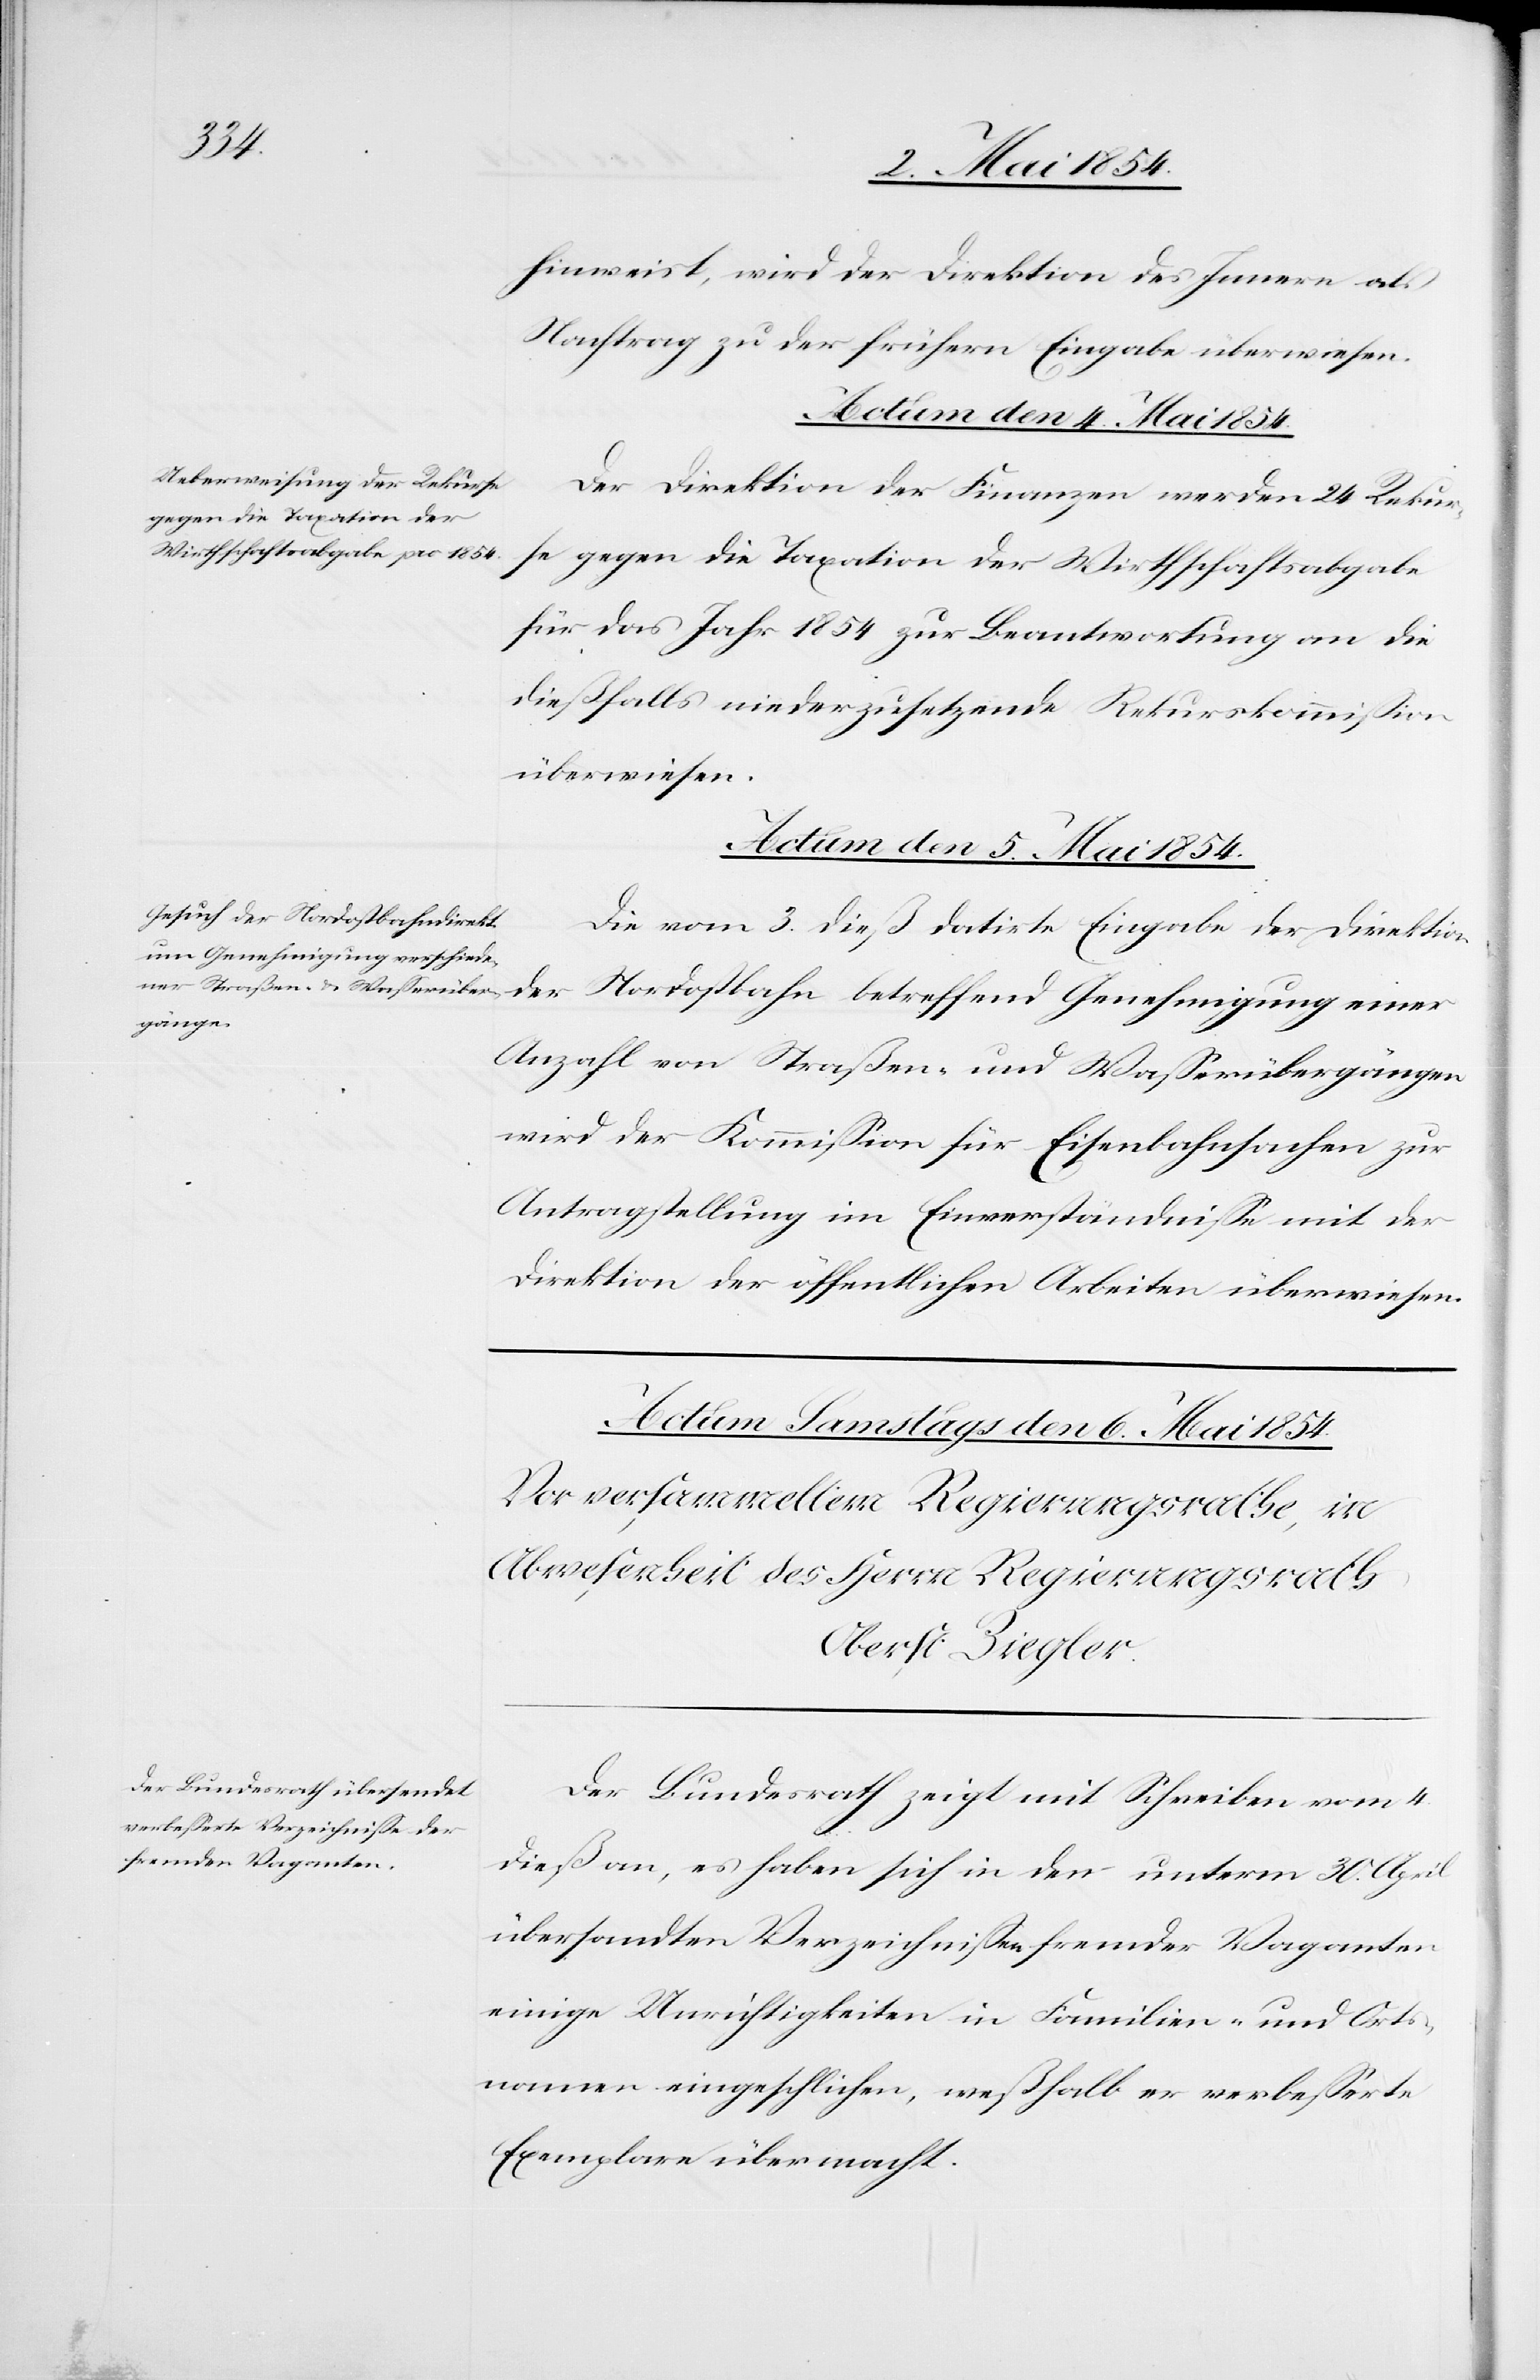
hinweist, wird der Direktion des Innern als
Nachtrag zu der frühern Eingabe überwiesen.
Actum den 4. Mai 1854.
Der Direktion der Finanzen werden 24. Rekur¬
se gegen die Taxation der Wirthschaftsabgabe
für das Jahr 1854 zur Beantwortung an die
dießfalls niederzusetzende Rekurskommißion
überwiesen.
Actum den 5. Mai 1854.
Die vom 3. dieß datirte Eingabe der Direktion
der
Nordostbahn betreffend Genehmigung einer
Anzahl von Straßen und Waßerübergängen
wird der Kommißion für Eisenbahnsachen zur
Antragstellung im Einverständniße mit der
Direktion der öffentlichen Arbeiten überwiesen.
Der Bundesrath zeigt mit Schreiben vom 4.
dieß an, es haben sich in den unterm 30. April
übersandten Verzeichnißen fremder Vaganten
einige Unrichtigkeiten in Familien- und Orts¬
namen eingeschlichen, weßhalb er verbeßerte
Exemplare übermacht.